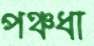
পঞ্চধা